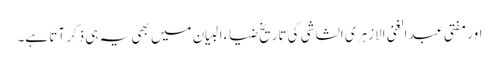
اور مفتی عبدالغنی الازہری الشاشی کی تاریخ ضیاءالبیان میں بھی یہ ہی ذکر آتا ہے۔